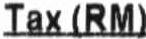
TAX (RM)